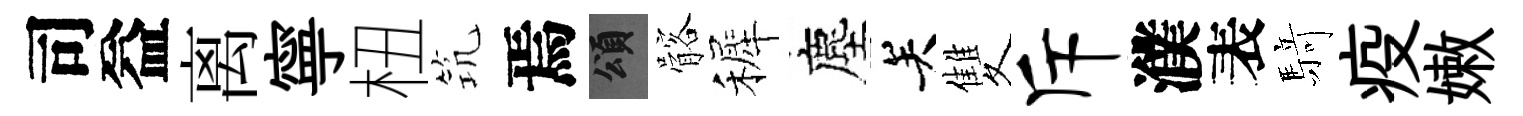
司益离寧杻𥬑焉頌髂裤塵关雙斥濮表𮪍疫嫩